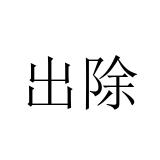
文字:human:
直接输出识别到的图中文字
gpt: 出除